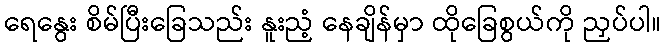
ရေနွေး စိမ်ပြီးခြေသည်း နူးညံ့ နေချိန်မှာ ထိုခြေစွယ်ကို ညှပ်ပါ။